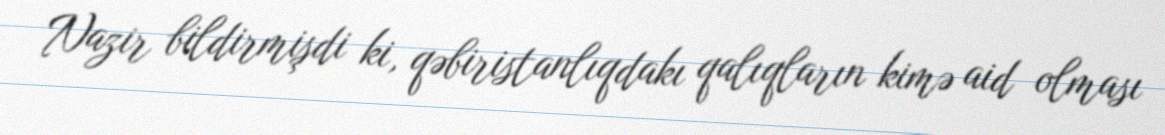
Nazir bildirmişdi ki, qəbiristanlıqdakı qalıqların kimə aid olması